Annual report of the Bengal Veterinary College and of the Civil Veterinary Department, Bengal, for the year 1912-1913 - 1912-1913
Year: 1912
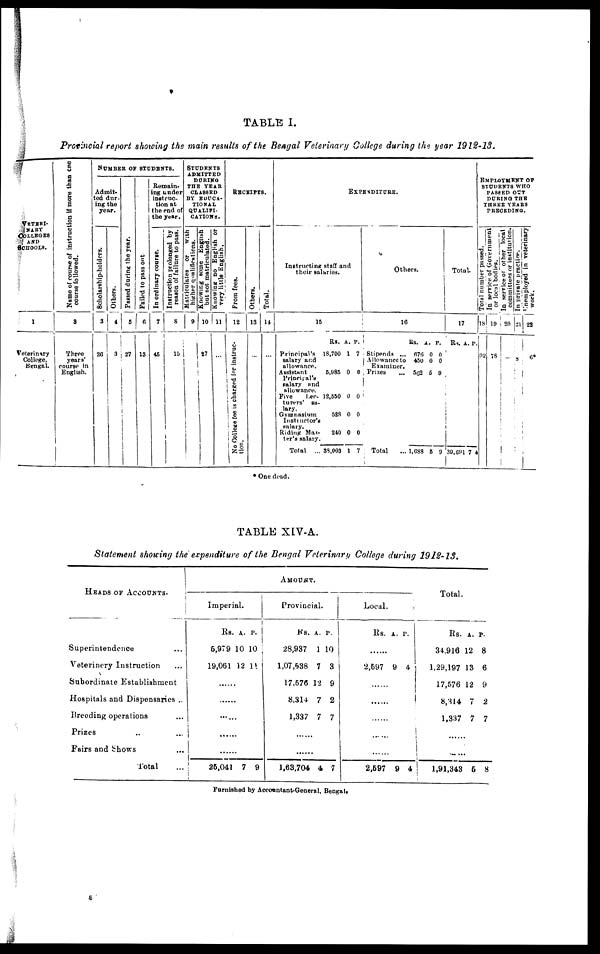
TABLE I.
Provincial report showing the main results of the Bengal Veterinary College during the year 1912-13.
VETERI-
NARY
COLLEGES
AND
SCHOOLS.
1
Veterinary
College,
Bengal.
Name of course of instruction if more than one
course followed.
2
Three
years'
course in
English.
NUMBER OF STUDENTS.
Admit-
ted dur-
ing the
year.
Scholarship-holders.
3
26
Others.
4
3
Pas s ed dur i
ng the year.
5
27
Failed to pass out
6
13
Remain-
ing under
instruc-
tion at
the end of
the year.
In ordinary course.
7
45
Instruction prolonged by
reason of failure to pass.
8
15
STUDENTS
ADMITTTED
DURING
THE YEAR
CLASSED
BY EDUCA-
TIONAL
QUALIFI-
CATION.
Matriculates
or
with
higher qualifications.
9
Knowing some English
but not matriculated.
10
27
Knowing no English or
very little English,
11
...
RECEIPTS.
From fees.
12
No College fee is charged for instruc-
tion.
Others.
13
...
Total.
14
...
EXPENDITURE.
Instructing staff and
their salaries.
15
Principal's
salary and
allowance.
Assistant
Principal's
salary and
allowance.
Five
Lec-
turers' sa-
lary.
Gymnasium
Instructor's
salary.
Riding Mas-
ter's salary.
Total ...
Rs.
18,700
5,985
12,550
528
240
38,003
A.
1
0
0
0
0
1
P.
7
0
0
0
0
7
Others.
16
Stipends ...
Allowance to
Examiner.
Prizes
...
Total
...
Rs.
676
450
562
1,088
A.
0
0
5
5
P.
0
0
9
9
Total.
1
7
Rs.
39,69
A.
1 7
P.
4
EMPLOYEMENT OF
STUDENTS WHO
PASSED OUT
DURING THE
THREE YEARS
PRECEDING.
Total number passed.
18
92
In service of Government
or local bodies.
19
78
In service of other local
committees or institution.
20
..
In private practice.
21
8
Unemployed
in veterinary
work.
22
6*
* One dead.
TABLE XIV-A.
Statement showing the expenditure of the Bengal Veterinary College during 1912-13.
HEADS OF ACCOUNTS.
Superintendence
Veterinery Instruction ...
Subordinate Establishment
Hospitals and Dispensaries ...
Breeding operations ...
Prizes ... ...
Fairs and Shows
Total ...
AMOUNT.
Imperial.
Rs.
5,979
19,061
A.
10
12
P.
10
14
......
......
......
......
......
25,041 7 9
Provincial.
Rs.
28,937
1,07,538
17,576
8,314
1,337
A.
1
7
12
7
7
P.
10
3
9
2
7
......
......
1,63,704 4 7
Local.
Rs. A. P.
2,597 9 4
......
......
......
......
......
2,597 9 4
Total.
Rs.
34,916
1,29,197
17,576
8,314
1,337
A.
12
13
12
7
7
P.
8
6
9
2
7
......
......
1,91,343 5
8
Furnished by Accountant-General, Bengal.